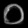
Digit: ၀